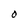
Character: O